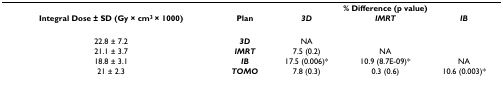
<table><thead><tr><td></td><td></td><td colspan="3"><b>% Difference (p value)</b></td></tr><tr><td><b>Integral Dose ± SD (Gy × cm<sup>3 </sup>× 1000)</b></td><td><b>Plan</b></td><td><b><i>3D</i></b></td><td><b><i>IMRT</i></b></td><td><b><i>IB</i></b></td></tr></thead><tbody><tr><td>22.8 ± 7.2</td><td><b><i>3D</i></b></td><td>NA</td><td></td><td></td></tr><tr><td>21.1 ± 3.7</td><td><b><i>IMRT</i></b></td><td>7.5 (0.2)</td><td>NA</td><td></td></tr><tr><td>18.8 ± 3.1</td><td><b><i>IB</i></b></td><td>17.5 (0.006)*</td><td>10.9 (8.7E-09)*</td><td>NA</td></tr><tr><td>21 ± 2.3</td><td><b><i>TOMO</i></b></td><td>7.8 (0.3)</td><td>0.3 (0.6)</td><td>10.6 (0.003)*</td></tr></tbody></table>